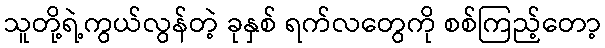
သူတို့ရဲ့ကွယ်လွန်တဲ့ ခုနှစ် ရက်လတွေကို စစ်ကြည့်တော့